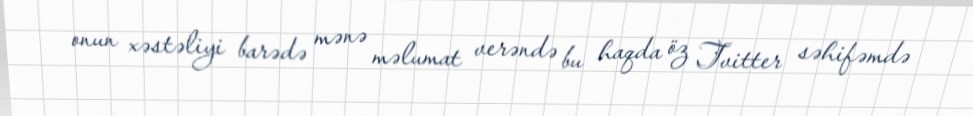
onun xəstəliyi barədə mənə məlumat verəndə bu haqda öz Tvitter səhifəmdə